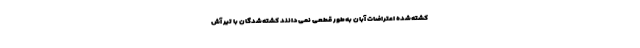
کشته‌شده اعتراضات آبان به‌طور قطعی نمی‌دانند کشته‌شدگان با تیر آش